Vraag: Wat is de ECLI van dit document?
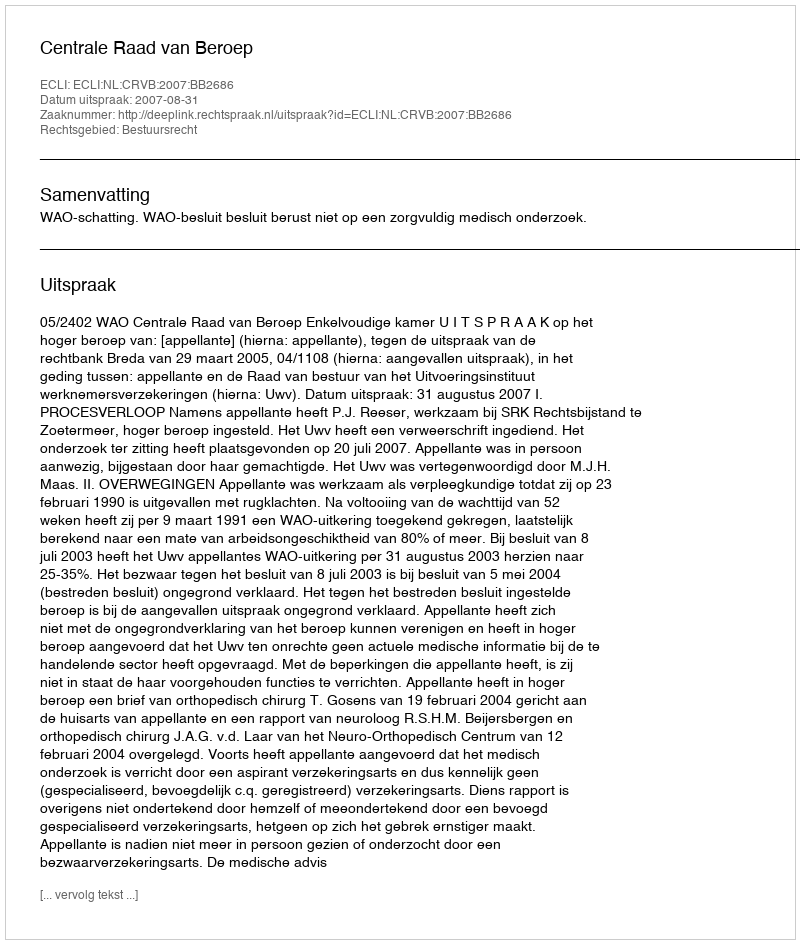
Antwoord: ECLI:NL:CRVB:2007:BB2686